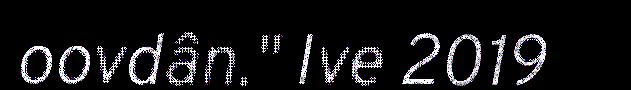
oovdân." Ive 2019